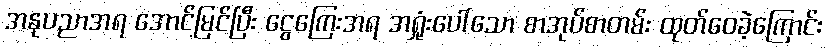
အနုပညာအရ အောင်မြင်ပြီး ငွေကြေးအရ အရှုံးပေါ်သော စာအုပ်စာတမ်း ထုတ်ဝေခဲ့ကြောင်း